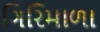
ગિરિમાળા